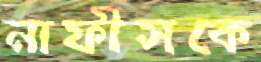
নাফীসকে